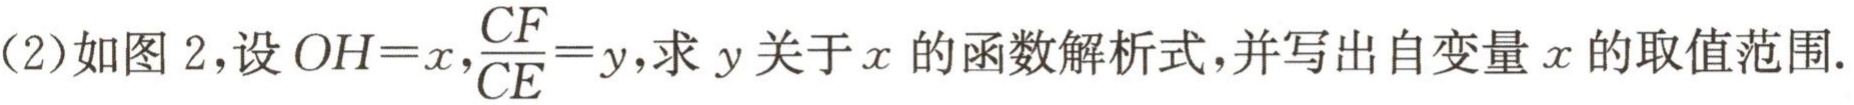
(2)如图 2,设\(OH = x,\frac{CF}{CE}=y\),求 \(y\)关于 \(x\)的函数解析式,并写出自变量 \(x\)的取值范围.